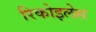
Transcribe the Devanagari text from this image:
रिकोइलेस